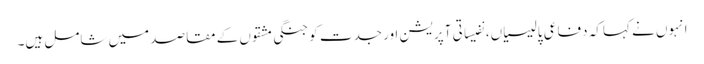
انہوں نے کہا کہ دفاعی پالیسیاں، نفیساتی آپریشن اور جدت کو جنگی مشقوں کے مقاصد میں شامل ہیں۔